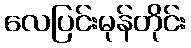
လေပြင်းမုန်တိုင်း